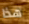
هذا